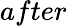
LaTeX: after